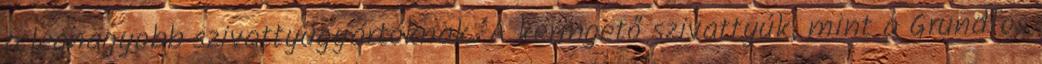
a legnagyobb szivattyúgyártóknak. A keringető szivattyúk, mint a Grundfos